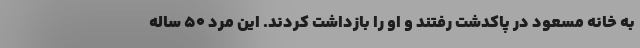
به خانه مسعود در پاکدشت رفتند و او را بازداشت کردند. این مرد ۵۰ ساله